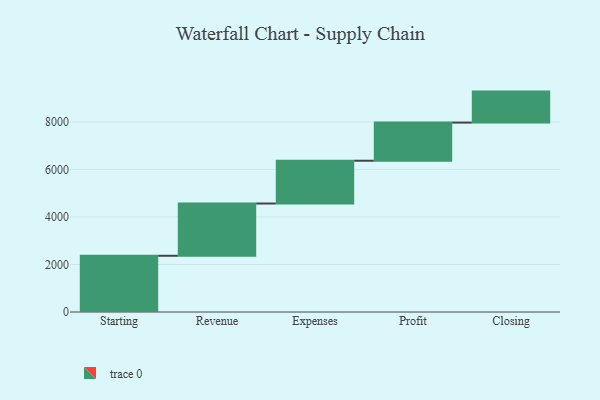
{"axis": {"x": "Step", "y": "Value"}, "legend": [""], "data": [{"x": "Starting", "y": 2367.0, "type": ""}, {"x": "Revenue", "y": 2199.0, "type": ""}, {"x": "Expenses", "y": 1801.0, "type": ""}, {"x": "Profit", "y": 1606.0, "type": ""}, {"x": "Closing", "y": 1304.0, "type": ""}]}